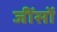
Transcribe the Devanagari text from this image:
जींसों